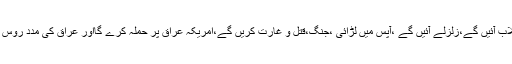
جواب:سیلاب آئیں گے،زلزلے آئیں گے ،آپس میں لڑائی ،جنگ،قتل و غارت کریں گے،امریکہ عراق پر حملہ کرے گااور عراق کی مدد روس کرے گا ۔